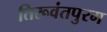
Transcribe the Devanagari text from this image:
तिरूवंतपुरम